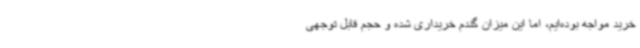
خرید مواجه بوده‌ایم، اما این میزان گندم خریداری شده و حجم قابل توجهی